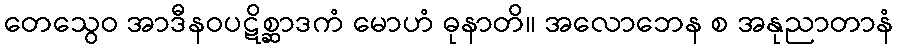
တေသွေဝ အာဒီနဝပဋိစ္ဆာဒကံ မောဟံ ဓုနာတိ။ အလောဘေန စ အနုညာတာနံ